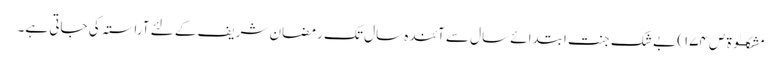
مشکــٰوۃ ص ١٧٤) بے شک جنت ابتدائے سال سے آئندہ سال تک رمضان شریف کے لئے آراستہ کی جاتی ہے۔